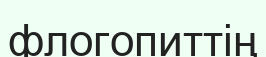
флогопиттің